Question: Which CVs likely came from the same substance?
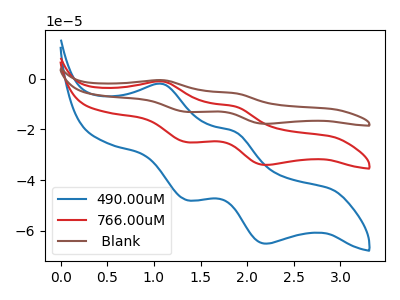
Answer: <think>The blue curve "490.00uM" has anodic peaks at (1.10V, -2.10uA) (1.85V, -21.00uA) and cathodic peaks at (1.35V, -47.85uA) (2.20V, -65.10uA). The red curve "766.00uM" has anodic peaks at (1.10V, -1.10uA) (1.85V, -11.00uA) and cathodic peaks at (1.35V, -25.00uA) (2.20V, -34.05uA). The brown curve " Blank" has anodic peaks at (1.10V, -2.20uA) (1.85V, -21.95uA) and cathodic peaks at (1.35V, -50.05uA) (2.20V, -68.05uA).
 All the peaks in "490.00uM" have a peak in "766.00uM" at the same potential. All the peaks in "490.00uM" have a peak in " Blank" at the same potential. All the peaks in "766.00uM" have a peak in " Blank" at the same potential.</think>
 <answer>"490.00uM", "766.00uM" and " Blank" have the same shape and are likely CV's of the same chemical.</answer>
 <eval>"490.00uM" "766.00uM" " Blank"</eval>